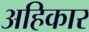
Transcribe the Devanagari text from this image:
अहिकार